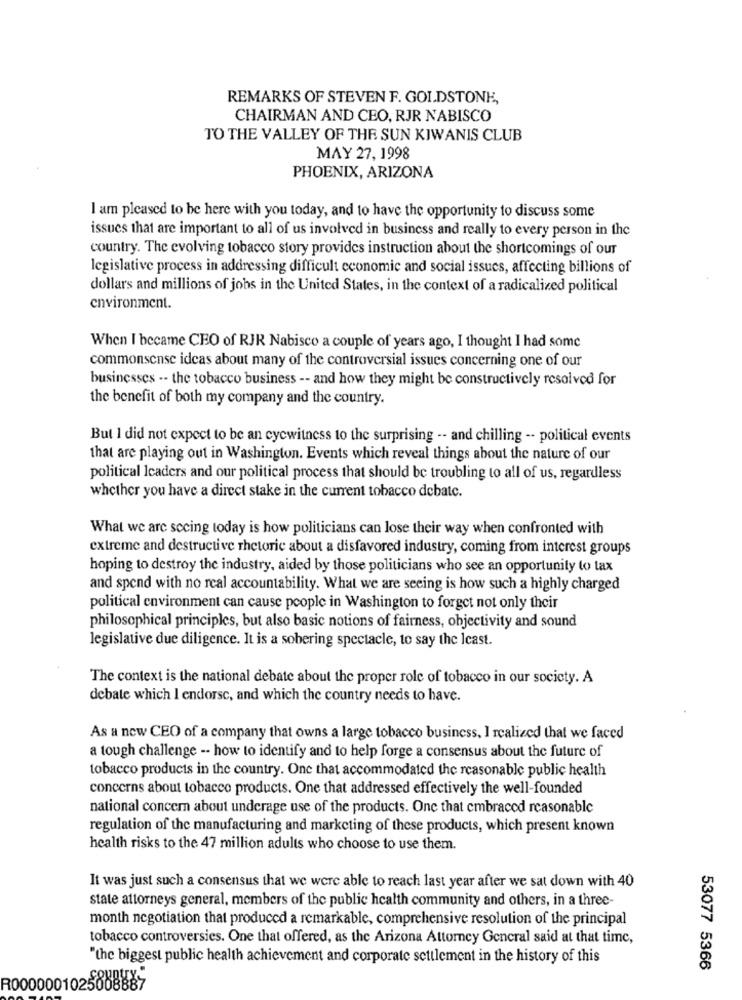
REMARKS OF STEVEN F. GOLDSTONE,
CHAIRMAN AND CEO, RJR NABISCO
TO THE VALLEY OF THE SUN KIWANIS CLUB
MAY 27, 1998
PHOENIX, ARIZONA
I am pleased to be here with you today, and to have the opportunity to discuss some
issues that are important to all of us involved in business and really to every person in the
country. The evolving tobacco story provides instruction about the shortcomings of our
legislative process in addressing difficult economic and social issues, affecting billions of
dollars and millions of jobs in the United States, in the context of a radicalized political
environment.
When I became CHO of RJR Nabisco a couple of years ago, I thought I had some
commonsense ideas about many of the controversial issues concerning one of our
businesses -- the tobacco business -- and how they might be constructively resolved for
the benefit of both my company and the country.
But I did not expect to be an cycwitness to the surprising -- and chilling -- political events
that are playing out in Washington. Events which reveal things about the nature of our
political leaders and our political process that should be troubling to all of us, regardless
whether you have a direct stake in the current tobacco debate.
What we are secing today is how politicians can lose their way when confronted with
extreme and destructive rhetoric about a disfavored industry, coming from interest groups
hoping to destroy the industry, aided by those politicians who see an opportunity to tax
and spend with no real accountability. What we are seeing is how such a highly charged
political environment can cause people in Washington to forget not only their
philosophical principles, but also basic notions of fairness, objectivity and sound
legislative due diligence. It is a sobering spectacle, to say the least.
The context is the national debate about the proper role of tobacco in our society. A
debate which I endorse, and which the country needs to have.
As a new CEO of a company that owns a large tobacco business, I realized that we faced
a tough challenge -- how to identify and to help forge a consensus about the future of
tobacco products in the country. One that accommodated the reasonable public health
concerns about tobacco products. One that addressed effectively the well-founded
national concern about underage use of the products. One that embraced reasonable
regulation of the manufacturing and marketing of these products, which present known
health risks to the 47 million adults who choose to use them.
It was just such a consensus that we were able to reach last year after we sat down with 40
state attorneys general, members of the public health community and others, in a three-
month negotiation that produced a remarkable, comprehensive resolution of the principal
tobacco controversies. One that offered, as the Arizona Attorney General said at that time,
"the biggest public health achievement and corporate settlement in the history of this
53077 5366
R000000102500888